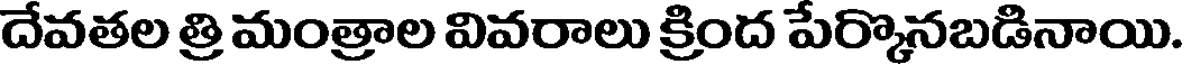
దేవతల త్రి మంత్రాల వివరాలు క్రింద పేర్కొనబడినాయి.